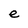
Character: e